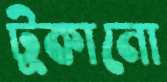
টুকানো